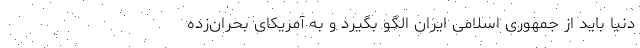
دنیا باید از جمهوری اسلامی ایران الگو بگیرد و به آمریکای بحران‌زده